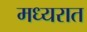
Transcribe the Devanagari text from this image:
मध्यरात